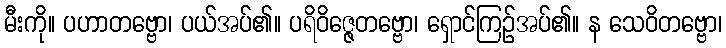
မီးကို။ ပဟာတဗ္ဗော၊ ပယ်အပ်၏။ ပရိဝိဇ္ဇေတဗ္ဗော၊ ရှောင်ကြဉ်အပ်၏။ န သေဝိတဗ္ဗော၊